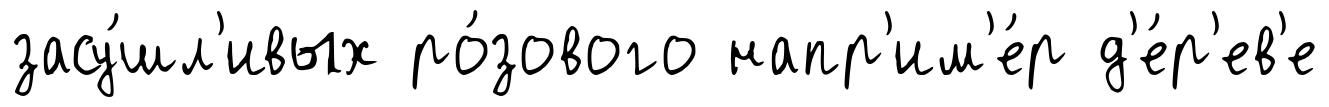
засу́шл'ивых ро́зового напр'им'е́р д'е́р'ев'е